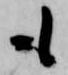
も